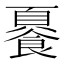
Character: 𲋛